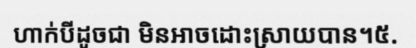
ហាក់បីដូចជា មិនអាចដោះស្រាយបាន។៥.